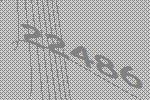
22486